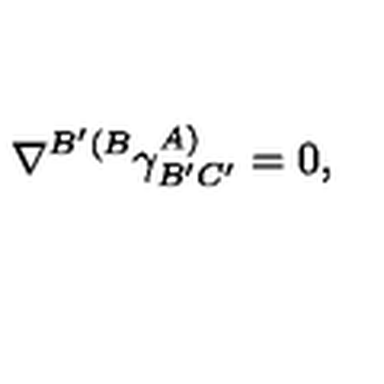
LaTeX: \nabla ^ { B ^ { \prime } ( B } \gamma _ { B ^ { \prime } C ^ { \prime } } ^ { A ) } = 0 ,